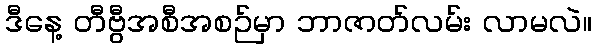
ဒီနေ့ တီဗွီအစီအစဉ်မှာ ဘာဇာတ်လမ်း လာမလဲ။